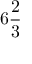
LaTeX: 6 { \frac { 2 } { 3 } }